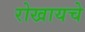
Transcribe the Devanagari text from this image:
रोखायचे